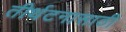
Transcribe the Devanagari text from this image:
तीर्थटनासाठी